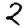
Digit: 2